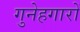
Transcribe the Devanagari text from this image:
गुनेहगारों